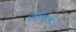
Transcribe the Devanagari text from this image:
एप्रेपिटेन्ट